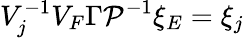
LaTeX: V_{j}^{-1}V_{F}\Gamma{\cal P}^{-1}\xi_{E}=\xi_{j}